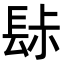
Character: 䦊